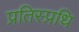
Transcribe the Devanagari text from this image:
प्रतिस्प्रधि